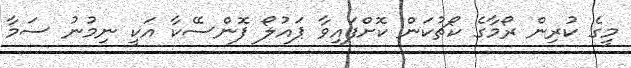
މީގެ ކުރިން ރޯމާގެ ކޯޗުކަން ކޮށްފައިވާ ޕައުލޯ ފޮންސޭކާ އަކީ ނިމުނު ސަމާ